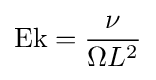
\mathrm {Ek} ={\frac {\nu }{\Omega L^{2}}}